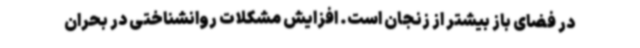
در فضای باز بیشتر از زنجان است. افزایش مشکلات روانشناختی در بحران